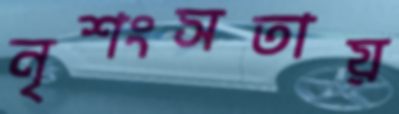
নৃশংসতায়